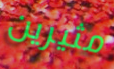
مثيرين